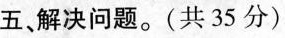
五、解决问题。(共35分)